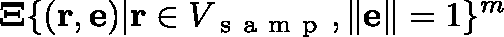
\mathbf { \Xi } \triangleq \{ ( \mathbf { r } , \mathbf { e } ) | \mathbf { r } \in V _ { \mathrm { ~ s ~ a ~ m ~ p ~ } } , \| \mathbf { e } \| = 1 \} ^ { m }